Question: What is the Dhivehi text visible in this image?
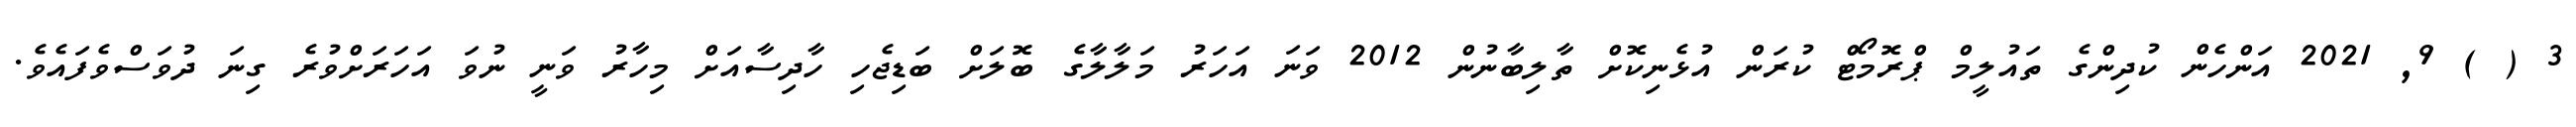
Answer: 3 ( ) 9, 2021 އަންހެން ކުދިންގެ ތައުލީމް ޕްރޮމޯޓް ކުރަން އުޅެނިކޮށް ތާލިބާނުން 2012 ވަނަ އަހަރު މަލާލާގެ ބޮލަށް ބަޑިޖެހި ހާދިސާއަށް މިހާރު ވަނީ ނުވަ އަހަރަށްވުރެ ގިނަ ދުވަސްވެފައެވެ.